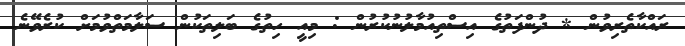
ރައްކާތެރިވުން * ދުންފަތުގެ އިސްތިއުމާލުނުކުރުން : މިއީ ހިތުގެ ބަލިތަކުން ސަލާމަތްވުމަށް ކުރެވޭނެ